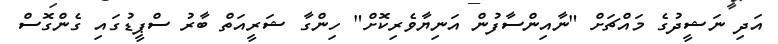
އަދި ނަޝީދުގެ މައްޗަށް "ނާއިންސާފުން އަނިޔާވެރިކޮށް" ހިންގާ ޝަރީއަތް ބާރު ސްޕީޑުގައި ގެންގޮސް